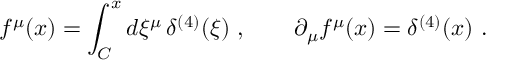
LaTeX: f ^ { \mu } ( x ) = \int _ { C } ^ { x } d \xi ^ { \mu } \, \delta ^ { ( 4 ) } ( \xi ) \ , \qquad \partial _ { \mu } f ^ { \mu } ( x ) = \delta ^ { ( 4 ) } ( x ) \ .